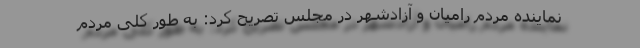
نماینده مردم رامیان و آزادشهر در مجلس تصریح کرد: به‌ طور کلی مردم